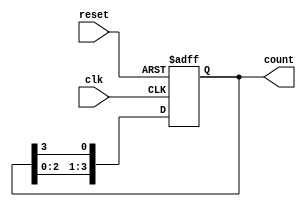
module ring_counter #(
    parameter N = 4  // Number of memory blocks (states)
)(
    input wire clk,   // Clock signal
    input wire reset, // Reset signal
    output reg [N-1:0] count // Output representing the state of the ring counter
);

// Internal signal to hold the next state
reg [N-1:0] next_count;

// Always block for state transition
always @(posedge clk or posedge reset) begin
    if (reset) begin
        // Initialize the counter to the first state
        count <= 1'b1; // Set the first memory block to '1'
    end else begin
        // Shift the '1' to the next memory block
        count <= next_count;
    end
end

// Always block to determine the next state
always @(*) begin
    // Calculate the next state by shifting the '1' to the left
    next_count = {count[N-2:0], count[N-1]}; // Shift left and wrap around
end

endmodule